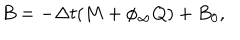
B = - \Delta t ( M + \phi _ { \infty } Q ) + B _ { 0 } ,